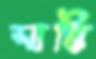
সাক্কি